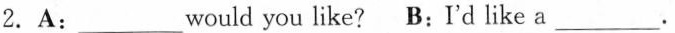
2.A:___would you like? B:I'd like a___